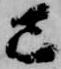
巳